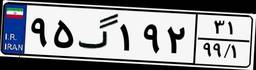
۱۳گ۰۴۵۵۲